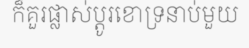
ក៏គួរផ្លាស់ប្តូរខោទ្រនាប់មួយ